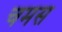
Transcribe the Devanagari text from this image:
चमस